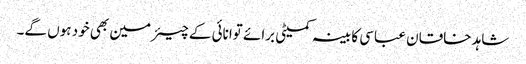
شاہد خاقان عباسی کابینہ کمیٹی برائے توانائی کے چیئرمین بھی خود ہوں گے۔